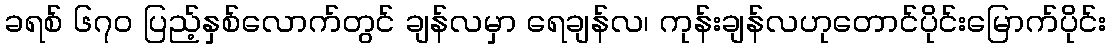
ခရစ် ၆၇၀ ပြည့်နှစ်လောက်တွင် ချန်လမှာ ရေချန်လ၊ ကုန်းချန်လဟုတောင်ပိုင်းမြောက်ပိုင်း